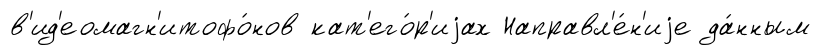
в'ид'еомагн'итофо́нов кат'его́р'иjах Направл'е́н'иjе да́нным